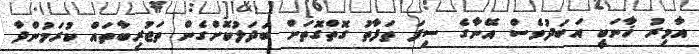
އާމިރު ޚާނަކީ އަބަދުވެސް އޭނާގެ ސިފަ ތަފާތު ގޮތްގޮތަށް ބަދަލުކޮށްގެން ތަޖުރިބާތައް ކުރަމުންދާ